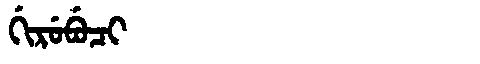
Manchu: ᡤᡳᡵᡠᠪᡠᠴᡳ
Romanization: GIRUBUCI